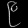
Digit: ၉